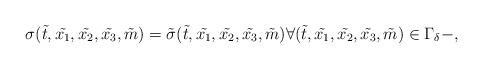
LaTeX: \begin{align*}\sigma(\tilde{t} , \tilde{x_1}, \tilde{x_2}, \tilde{x_3} , \tilde{m}) =\tilde{\sigma} (\tilde{t} , \tilde{x_1}, \tilde{x_2},\tilde{x_3},\tilde{m}) \forall (\tilde{t} ,\tilde{x_1}, \tilde{x_2}, \tilde{x_3},\tilde{m}) \in \Gamma_\delta-,\end{align*}